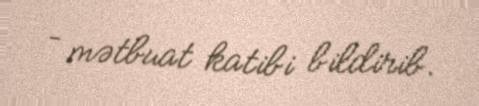
– mətbuat katibi bildirib.